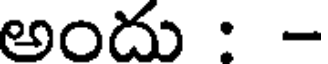
అందు : -